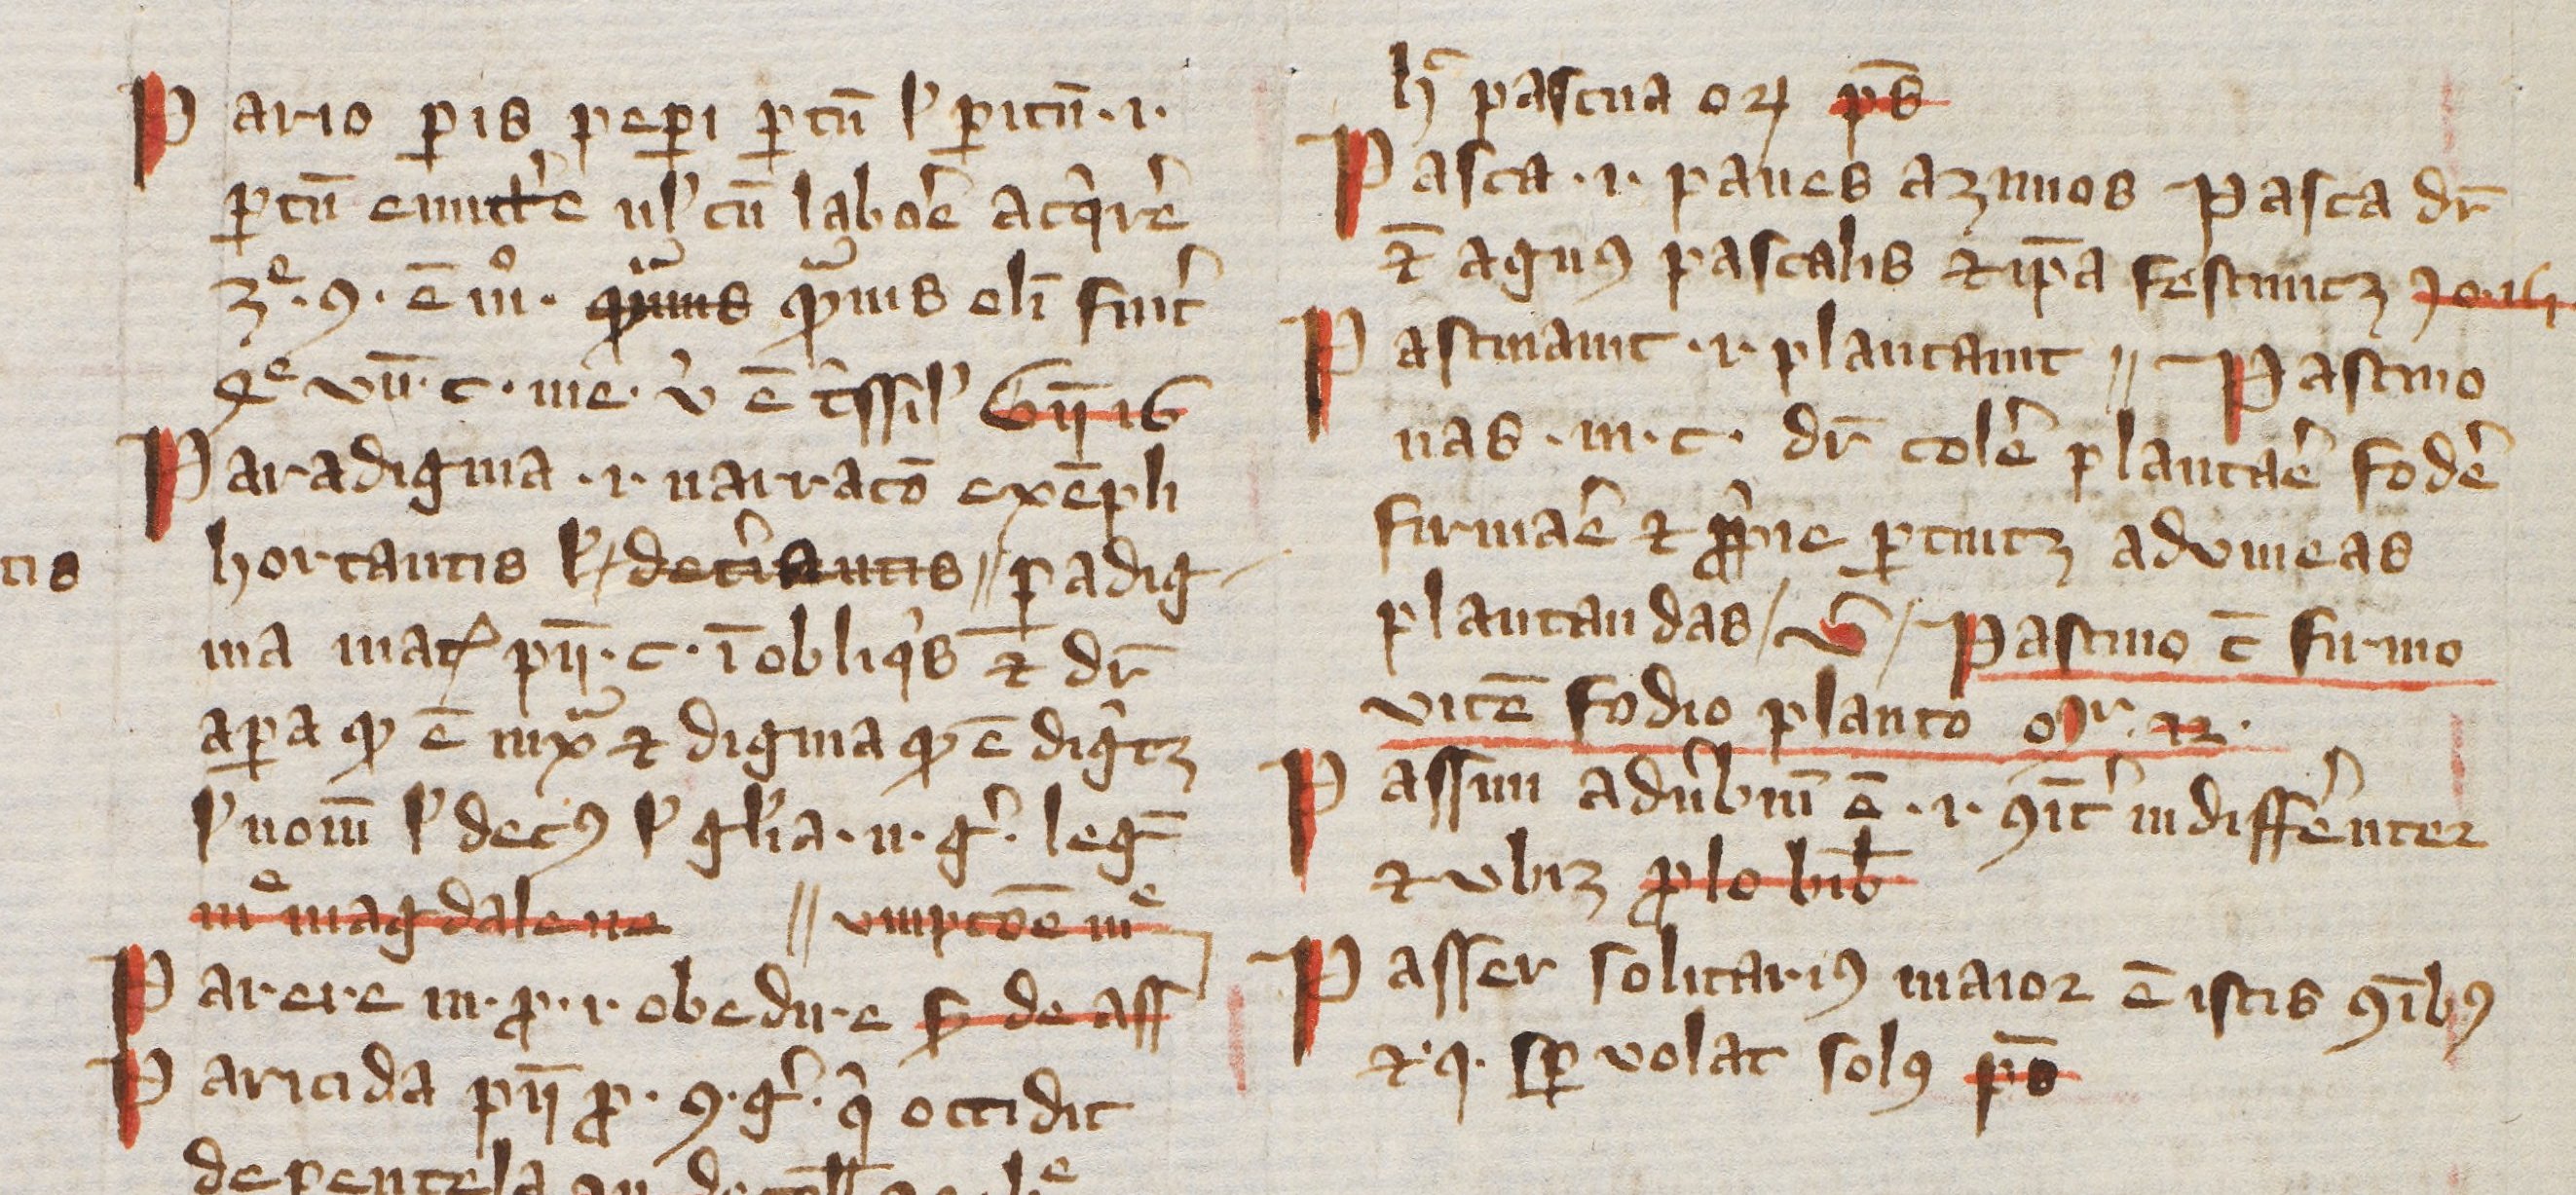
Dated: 1385–1415